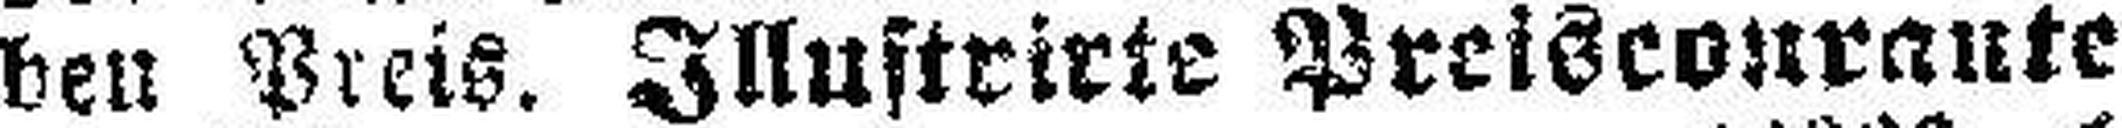
ben Preis, Illustrirte Preiscourante